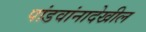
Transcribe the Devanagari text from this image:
पांडवांनादेखील